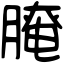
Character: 𦞴